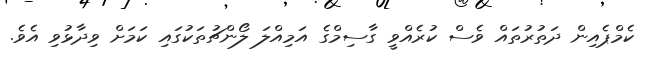
ކެމްޕެއިން ދަތުރުތައް ވެސް ކުރެއްވީ ގާސިމްގެ އަމިއްލަ ލޯންޗުތަކުގައި ކަމަށް ވިދާޅުވި އެވެ.